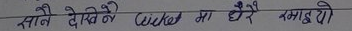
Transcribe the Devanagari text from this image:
मैले देख्यो Cricket मा धेरै रमायो